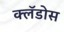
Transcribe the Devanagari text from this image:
क्लॅडोस